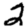
Digit: 2